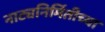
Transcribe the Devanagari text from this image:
नाट्यनिर्मितीच्या